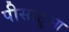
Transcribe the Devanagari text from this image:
पीसाहुआ